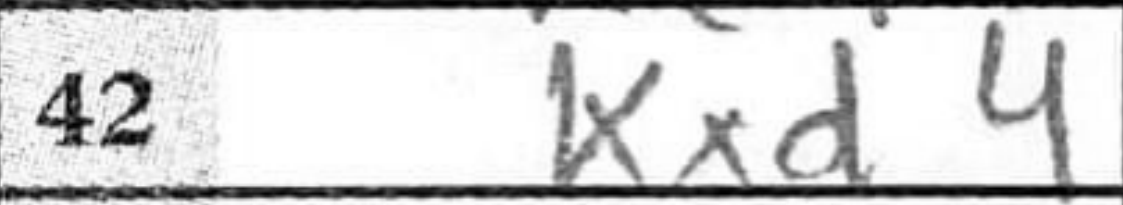
Transcription: Kxd4